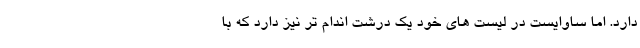
دارد. اما ساوایست در لیست های خود یک درشت اندام تر نیز دارد که با